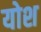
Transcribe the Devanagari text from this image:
योश